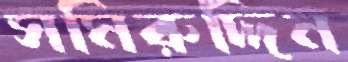
সমিরুদ্দিন